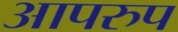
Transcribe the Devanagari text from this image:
आपरुप